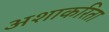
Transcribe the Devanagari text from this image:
अशाकरिता